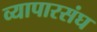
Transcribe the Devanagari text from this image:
व्यापारसंघ